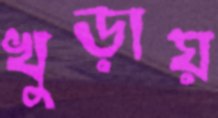
খুড়ায়